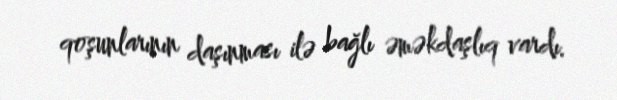
qoşunlarının daşınması ilə bağlı əməkdaşlıq vardı.